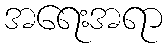
အရေးအရာ